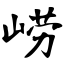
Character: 崂